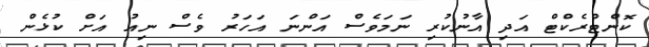
ކޮންޓްރެކްޓް އަދި އާނުކުރި ނަމަވެސް އަންނަ އަހަރު ވެސް ނިއު އަށް ކުޅެން